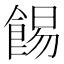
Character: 𩛿